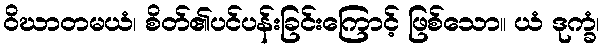
ဝိဃာတမယံ၊ စိတ်၏ပင်ပန်းခြင်းကြောင့် ဖြစ်သော။ ယံ ဒုက္ခံ၊